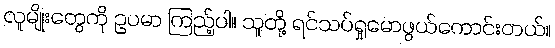
လူမျိုးတွေကို ဥပမာ ကြည့်ပါ။ သူတို့ ရင်သပ်ရှုမောဖွယ်ကောင်းတယ်။